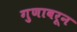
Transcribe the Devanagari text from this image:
गुणावरून